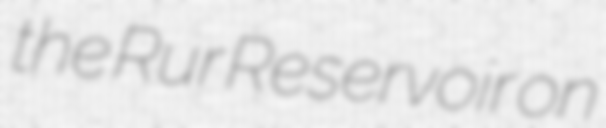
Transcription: the Rur Reservoir on